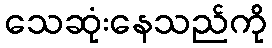
သေဆုံးနေသည်ကို